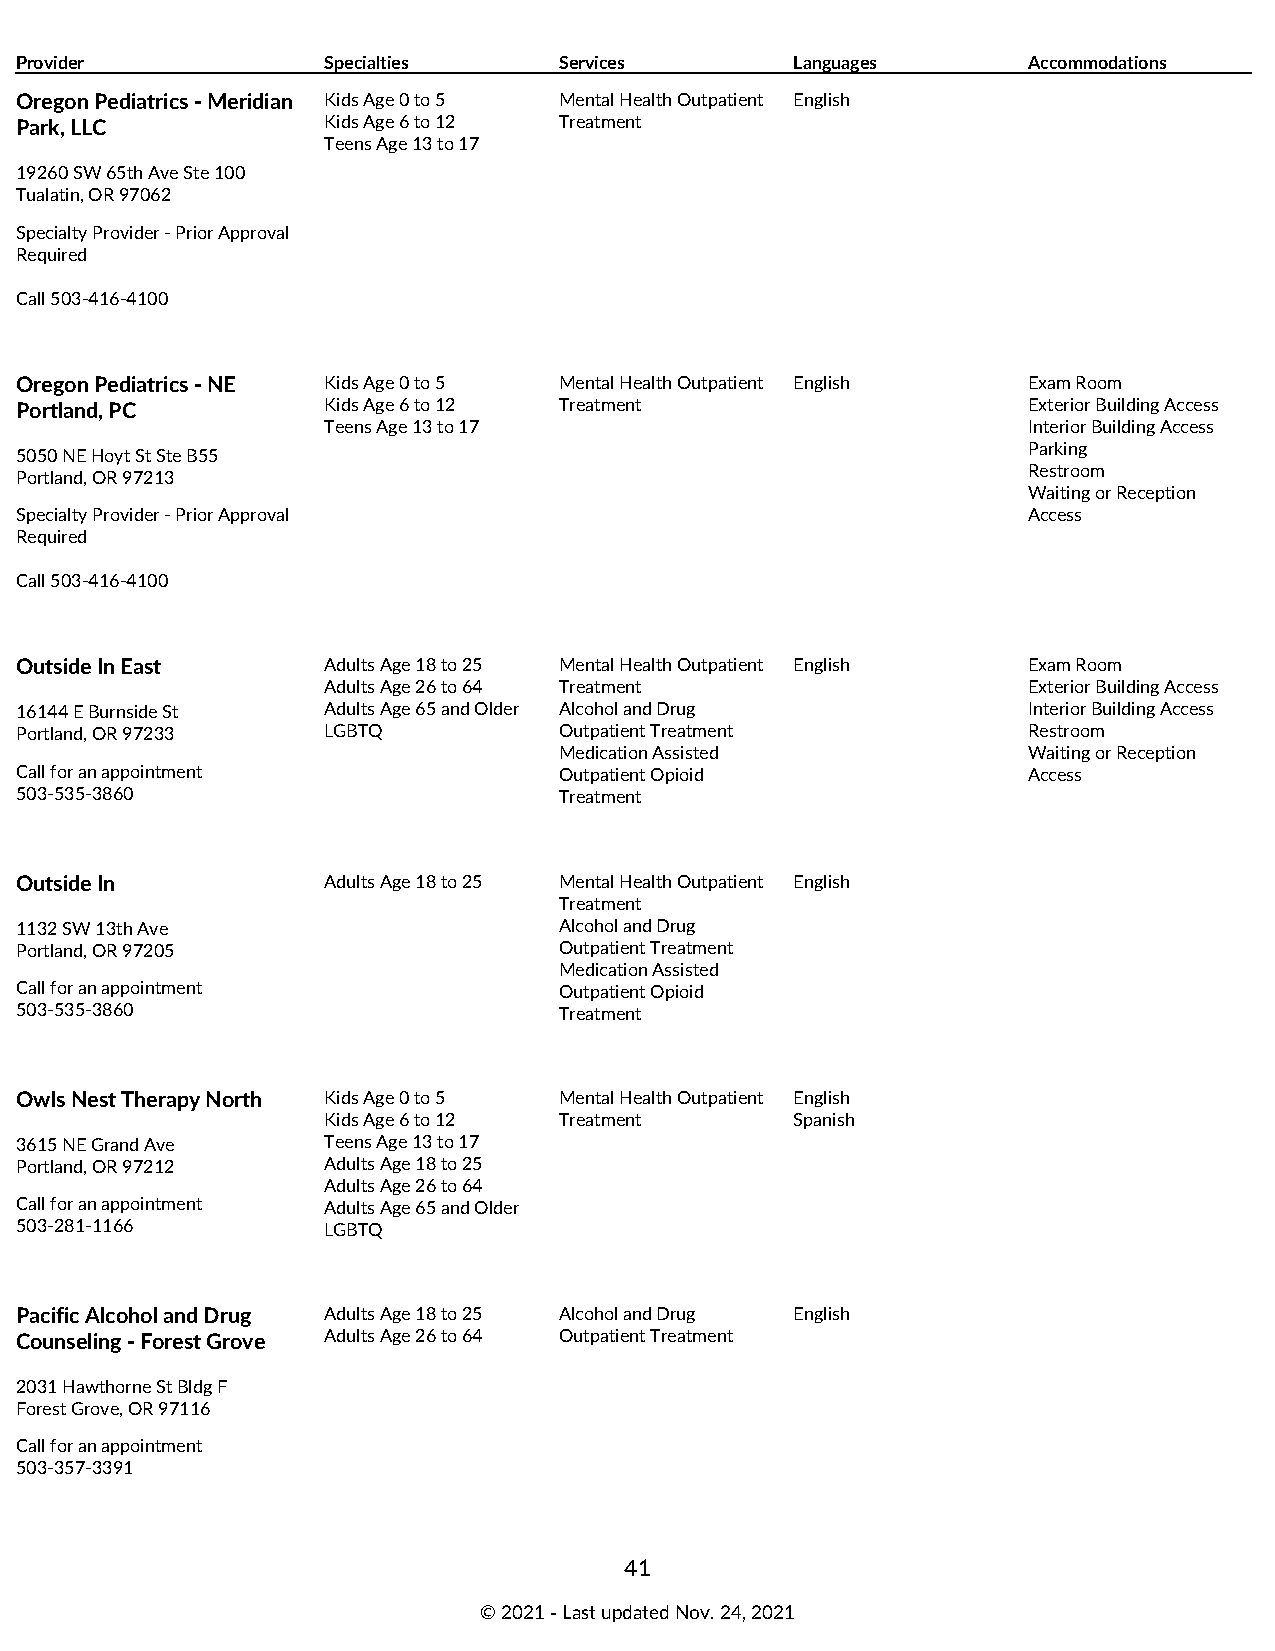
Provider            Specialties     Services        Languages      Accommodations
 Oregon Pediatrics - Meridian Kids Age 0 to 5 Mental Health Outpatient English
 Park, LLC           Kids Age 6 to 12 Treatment
 Teens Age 13 to 17
 19260 SW 65th Ave Ste 100
 Tualatin, OR 97062
 Specialty Provider - Prior Approval
 Required
 Call 503-416-4100
 Oregon Pediatrics - NE Kids Age 0 to 5 Mental Health Outpatient English Exam Room
 Portland, PC        Kids Age 6 to 12 Treatment                     Exterior Building Access
 Teens Age 13 to 17                             Interior Building Access
 Parking
 5050 NE Hoyt St Ste B55
 Restroom
 Portland, OR 97213
 Waiting or Reception
 Specialty Provider - Prior Approval                                Access
 Required
 Call 503-416-4100
 Outside In East     Adults Age 18 to 25 Mental Health Outpatient English Exam Room
 Adults Age 26 to 64 Treatment                  Exterior Building Access
 16144 E Burnside St Adults Age 65 and Older Alcohol and Drug       Interior Building Access
 Portland, OR 97233  LGBTQ           Outpatient Treatment           Restroom
 Medication Assisted            Waiting or Reception
 Call for an appointment             Outpatient Opioid              Access
 503-535-3860                        Treatment
 Outside In          Adults Age 18 to 25 Mental Health Outpatient English
 Treatment
 1132 SW 13th Ave                    Alcohol and Drug
 Portland, OR 97205                  Outpatient Treatment
 Medication Assisted
 Call for an appointment             Outpatient Opioid
 503-535-3860                        Treatment
 Owls Nest Therapy North Kids Age 0 to 5 Mental Health Outpatient English
 Kids Age 6 to 12 Treatment      Spanish
 3615 NE Grand Ave   Teens Age 13 to 17
 Portland, OR 97212  Adults Age 18 to 25
 Adults Age 26 to 64
 Call for an appointment Adults Age 65 and Older
 503-281-1166        LGBTQ
 Pacific Alcohol and Drug Adults Age 18 to 25 Alcohol and Drug English
 Counseling - Forest Grove Adults Age 26 to 64 Outpatient Treatment
 2031 Hawthorne St Bldg F
 Forest Grove, OR 97116
 Call for an appointment
 503-357-3391
 41
 © 2021 ‑ Last updated Nov. 24, 2021